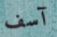
آسف